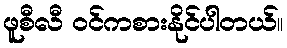
ဖူစီလီ ဝင်ကစားနိုင်ပါတယ်။